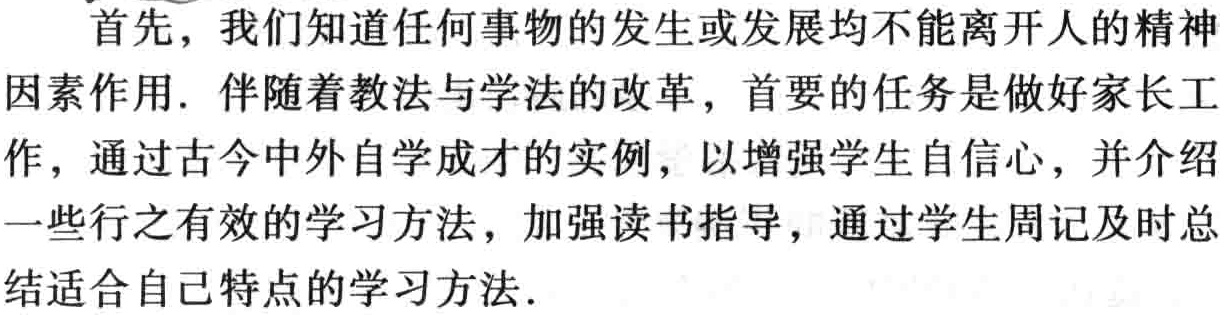
首先，我们知道任何事物的发生或发展均不能离开人的精神

因素作用. 伴随着教法与学法的改革，首要的任务是做好家长工

作，通过古今中外自学成才的实例，以增强学生自信心，并介绍

一些行之有效的学习方法，加强读书指导，通过学生周记及时总

结适合自己特点的学习方法.